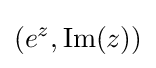
\left(e^{z},\operatorname {Im} (z)\right)